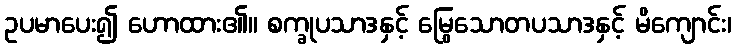
ဥပမာပေး၍ ဟောထား၏။ စက္ခုပသာဒနှင့် မြွေသောတပသာဒနှင့် မိကျောင်း၊